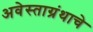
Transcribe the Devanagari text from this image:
अवेस्ताग्रंथाचे